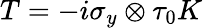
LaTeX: T=-i\sigma_{y}\otimes\tau_{0}K